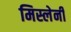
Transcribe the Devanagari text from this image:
मिस्लेनी